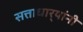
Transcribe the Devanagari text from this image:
सत्ताधार्‍यांनी